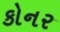
કોનર